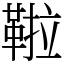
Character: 鞡